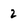
Character: 2